Civil Veterinary Department. Madras. Admin. report 1926-33 - 1926-1933
Year: 1926
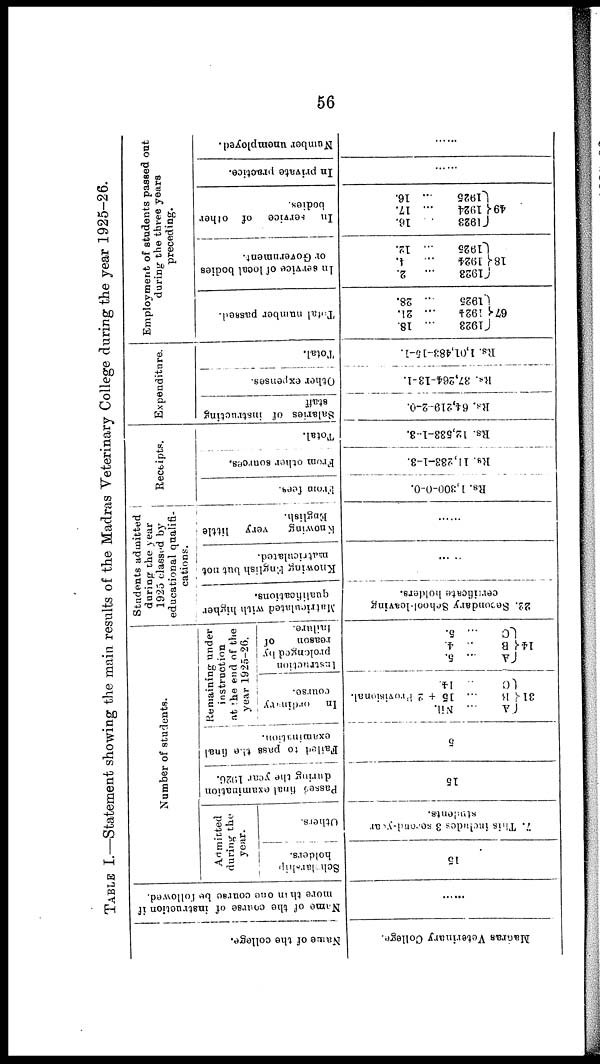
56
TABLE I.—Statement showing the main results of the Madras Veterinary College during the year 1925-26.
Name of the college.
Madras Veterinary College.
Name of the course of instruction if
more than one course be followed.
......
Number of students.
Admitted
during the
year.
Scholarship
holders.
15
Others.
7. This includes 3 second-year
students.
Passed
final examination
during the year 1926.
15
Failed to pass the final
examination.
5
Remaining under
instruction
at the end of the
year 1925-26.
In ordinary
course.
A ... Nil.
31 B ... 15 + 2 Provisional.
C
.. 14.
Instruction
prolonged by
reason
of
tailure.
A ... 5.
C
... 5.
Students admitted
during the year
1925 classed by
educational qualifi-
cations.
Matriculated with higher
qualifications.
22. Secondary School-leaving
certificate holders.
Knowing English but not
matriculated.
......
Knowing
very little
English.
......
Receipts.
From fees.
Rs. 1,300-0-0.
From other sources.
Rs. 11,233-1-3.
Total.
Rs. 12,533-1-3.
Expenditure.
Salaries of instructing
staff
Rs. 64,219-2-0.
Other expenses.
Rs. 37,264-13-1.
Total.
Rs. 1,01,483-15-1.
Employment of students passed out
during the three years
preceding.
Total number passed.
fl923 ... 18.
67 1924 ... 21.
1925
... 28.
In service of local bodies
or Government.
fl923 ...
2.
18 1924 ...
4.
1925
... 12.
In
service of other
bodies.
1923
...
16.
49 1924 ... 17.
1925
...
16.
In private practice.
......
Number unemployed.
......